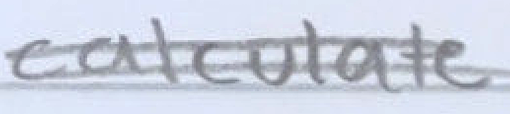
Text: calculate
Cross-out: double-line
Writing tool: pencil